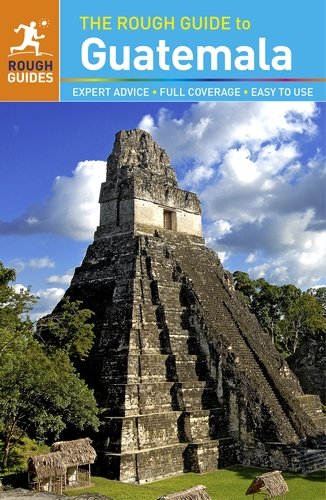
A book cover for The Rough Guide to Guatemala; Rough Guides; Travel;